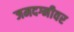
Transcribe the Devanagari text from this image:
जमदग्नीवर